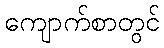
ကျောက်စာတွင်